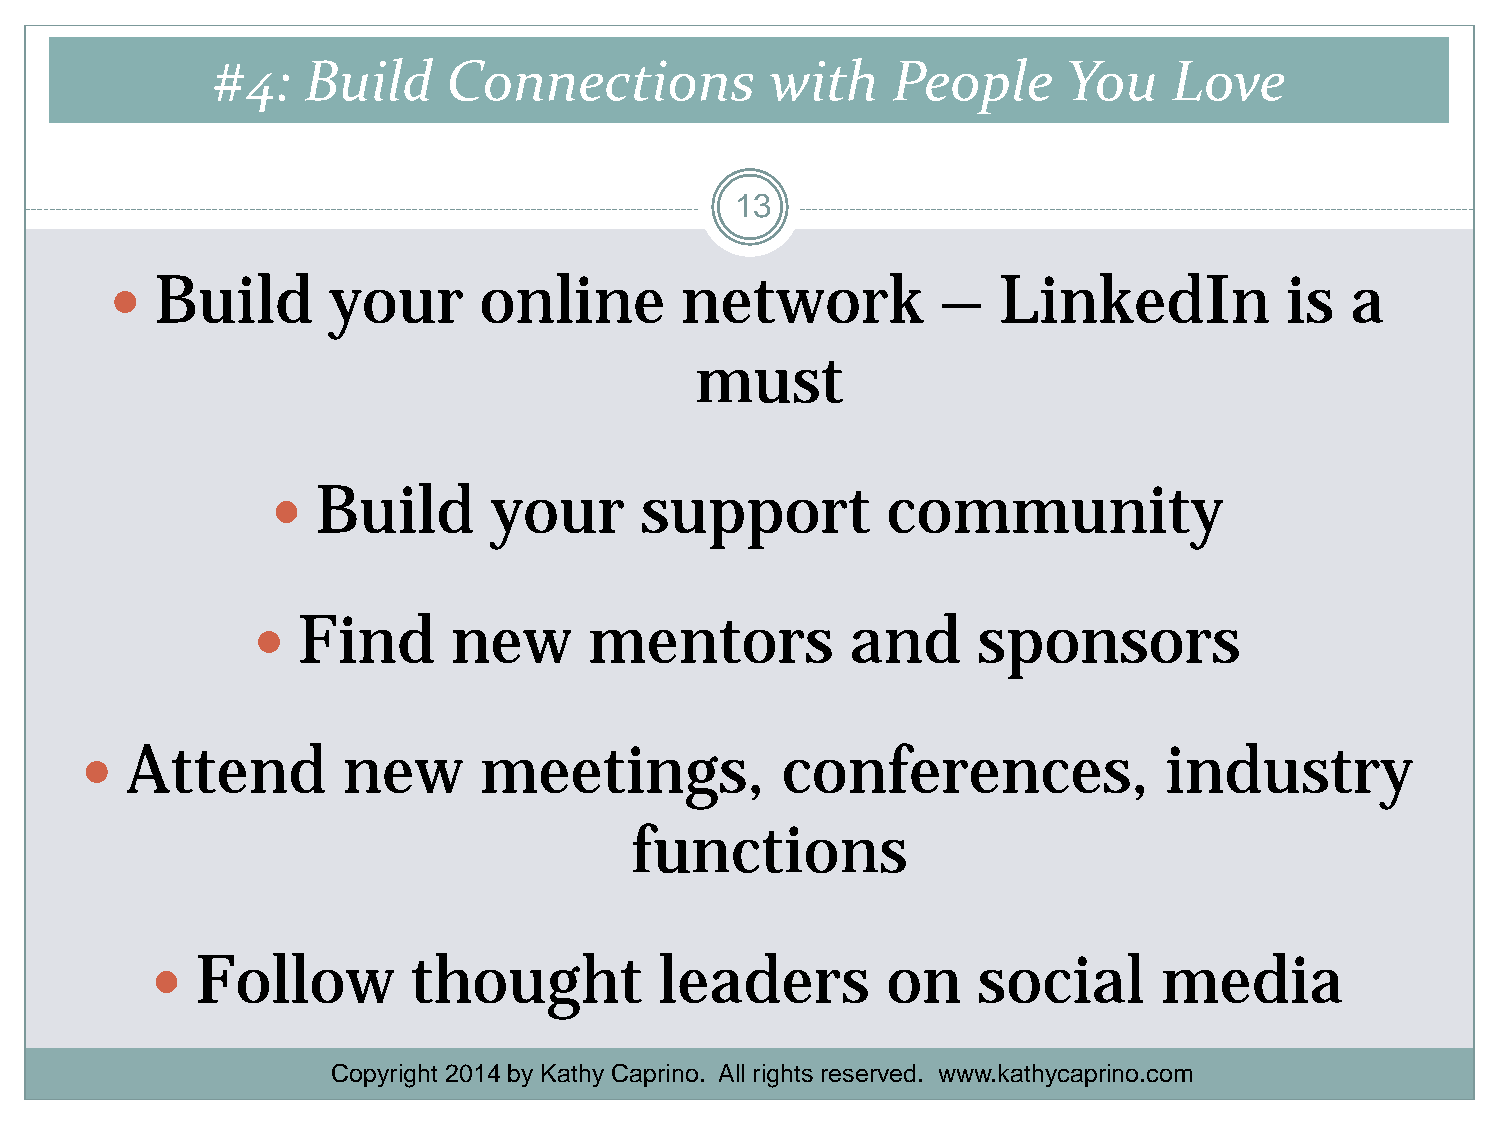
#4:   Build     Connections          with    People      You    Love
 13
   Build       your      online       network          –   LinkedIn           is  a
 must
   Build      your      support          community
   Find      new      mentors          and      sponsors
   Attend         new      meetings,           conferences,             industry
 functions
   Follow        thought          leaders        on    social      media
 Copyright 2014 by Kathy Caprino. All rights reserved. www.kathycaprino.com